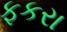
ફકરા